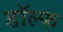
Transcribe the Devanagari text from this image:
डॉल्फ